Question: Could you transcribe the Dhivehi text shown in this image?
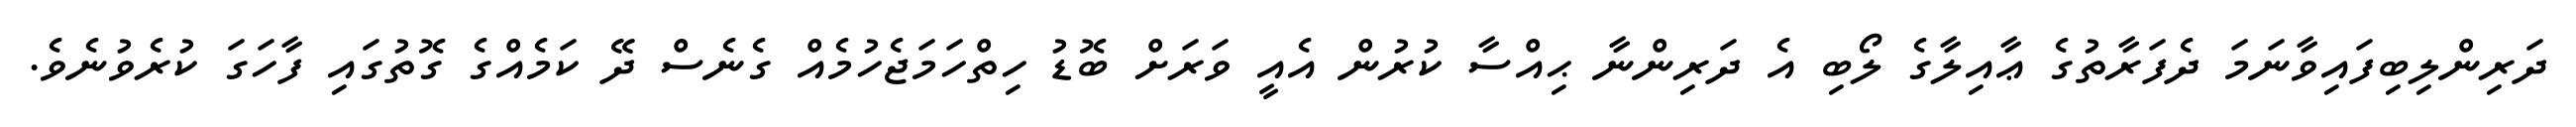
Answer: ދަރިންލިބިފައިވާނަމަ ދެފަރާތުގެ ޢާއިލާގެ ލޯބި އެ ދަރިންނާ ޙިއްސާ ކުރުން އެއީ ވަރަށް ބޮޑު ހިތްހަމަޖެހުމެއް ގެނެސް ދޭ ކަމެއްގެ ގޮތުގައި ފާހަގަ ކުރެވުނެވެ.